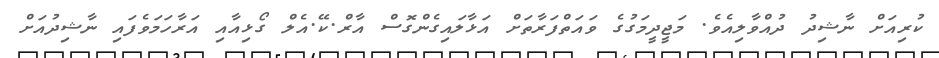
ކުރިއަށް ނާޝިދު ދުއްވާލިއެވެ. މަޖީދީމަގުގެ ވައަތްފަރާތަށް އަޅާލައިގެންގޮސް އާރް.ކޭ.އެލް ގޯޅިއާއި އަރާހަމަވެފައި ނާޝިދުއަށް